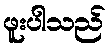
ဖူးပါသည်